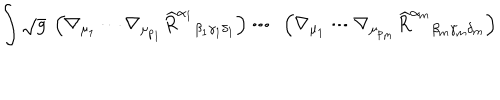
\int \sqrt { g } \ \left( \nabla _ { \mu _ { 1 } } \cdots \nabla _ { \mu _ { p _ { 1 } } } \left. \widehat { R } ^ { \alpha _ { 1 } } \right. _ { \beta _ { 1 } \gamma _ { 1 } \delta _ { 1 } } \right) \cdots \ \left( \nabla _ { \mu _ { 1 } } \cdots \nabla _ { \mu _ { p _ { m } } } \left. \widehat { R } ^ { \alpha _ { m } } \right. _ { \beta _ { m } \gamma _ { m } \delta _ { m } } \right) \